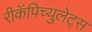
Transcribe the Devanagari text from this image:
रीकॅपिच्युलेट्स